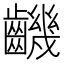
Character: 𪙧